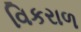
વિકરાળ